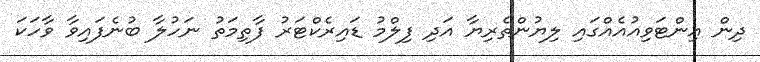
ދިން އިންޓަވިއުއެއްގައި ލިޔުންތެރިޔާ އަދި ފިލްމު ޑައިރެކްޓަރު ފާތިމަތު ނަހުލާ ބުނެފައިވާ ވާހަކަ